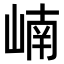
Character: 𪩂